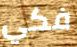
فكي